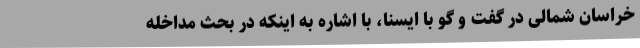
خراسان شمالی در گفت و گو با ایسنا، با اشاره به اینکه در بحث مداخله